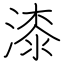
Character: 漆